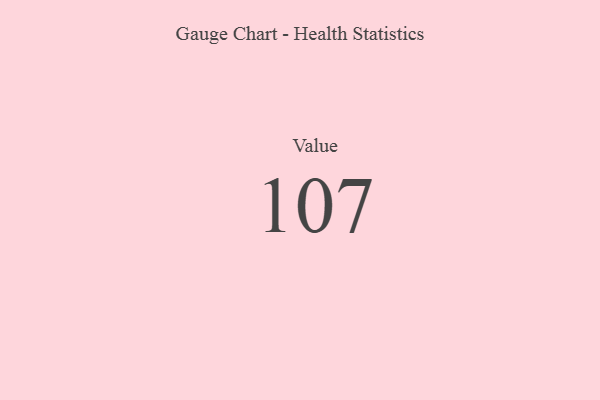
{"axis": {"x": "Metric", "y": "Value"}, "legend": [""], "data": [{"x": "Value", "y": 107, "type": ""}]}